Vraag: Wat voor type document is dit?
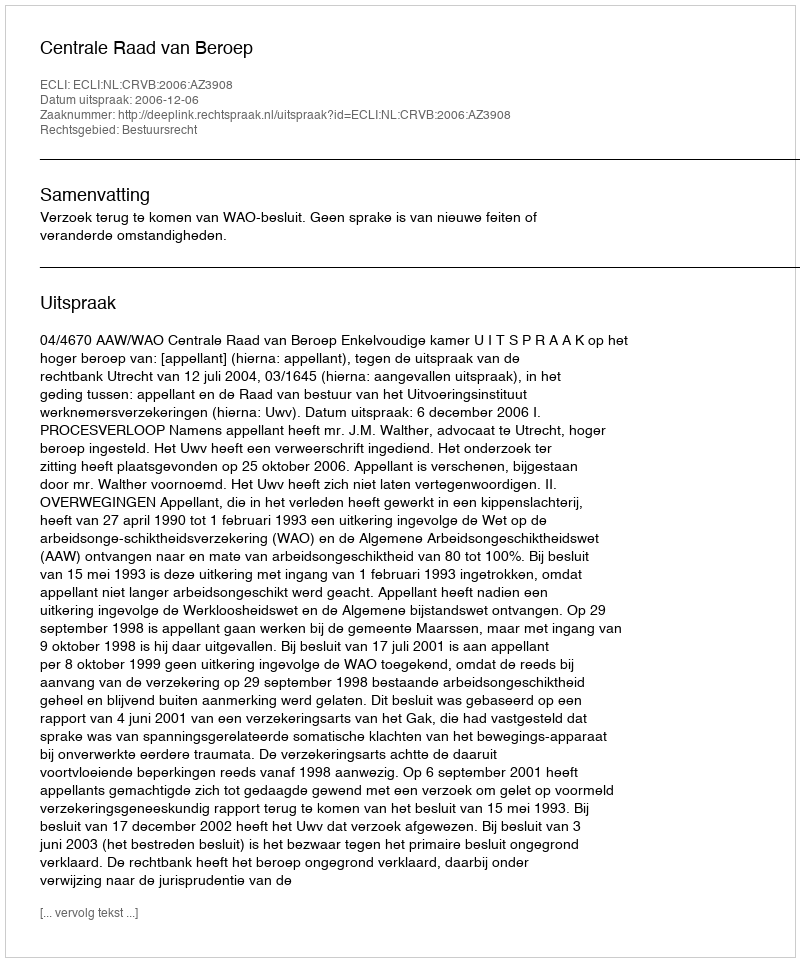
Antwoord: Uitspraak